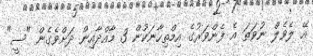
އޭ ލެވެލް ނުވަތަ އެ ފެންވަރުގެ އިމްތިހާނަކުން 3 މާއްދާއިން ދަށްވެގެން "ސީ"